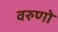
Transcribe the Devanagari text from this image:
वरुणो